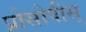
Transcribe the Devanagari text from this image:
प्रोसोपीस्